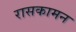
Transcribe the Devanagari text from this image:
रासकामन